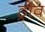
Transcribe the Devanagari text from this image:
ड्रोव